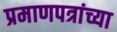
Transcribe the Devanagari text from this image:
प्रमाणपत्रांच्या